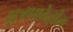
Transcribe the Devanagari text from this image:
सूत्रपाठेतील